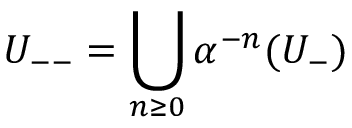
U _ { -- } = \bigcup _ { n \geq 0 } \alpha ^ { - n } ( U _ { - } )